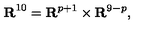
{ \bf R } ^ { 1 0 } = { \bf R } ^ { p + 1 } \times { \bf R } ^ { 9 - p } ,